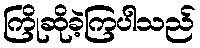
ကြိုဆိုခဲ့ကြပါသည်